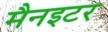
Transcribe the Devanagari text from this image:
मैनइटर